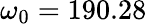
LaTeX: \omega_{0}=190.28